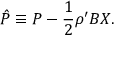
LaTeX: \hat { P } \equiv P - \frac { 1 } { 2 } \rho ^ { \prime } B X .